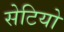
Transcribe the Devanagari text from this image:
सेटियो